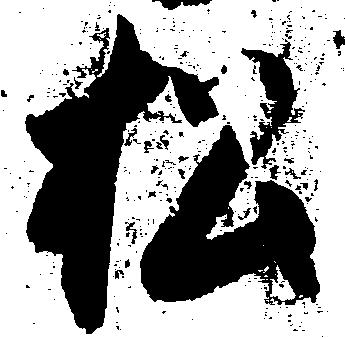
松